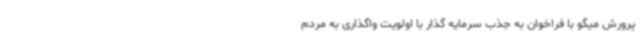
پرورش میگو با فراخوان به جذب سرمایه گذار با اولویت واگذاری به مردم